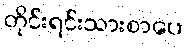
တိုင်းရင်းသားစာပေ